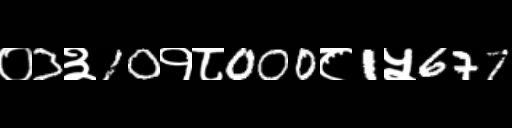
Text: ०3३10१८000८1५677